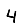
Digit: 4